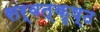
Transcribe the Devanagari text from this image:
सर्वत्कृष्ठ